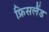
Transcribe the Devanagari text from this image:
फ्रिसलैंड